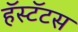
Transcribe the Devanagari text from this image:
हॅस्टॅटस